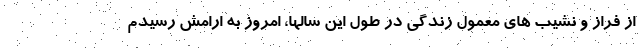
از فراز و نشیب های معمول زندگی در طول این سالها، امروز به ارامش رسیدم